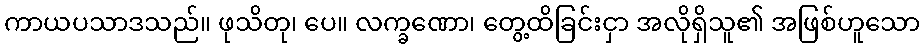
ကာယပသာဒသည်။ ဖုသိတု၊ ပေ။ လက္ခဏော၊ တွေ့ထိခြင်းငှာ အလိုရှိသူ၏ အဖြစ်ဟူသော